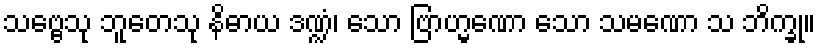
သဗ္ဗေသု ဘူတေသု နိဓာယ ဒဏ္ဍံ၊ သော ဗြာဟ္မဏော သော သမဏော သ ဘိက္ခု။